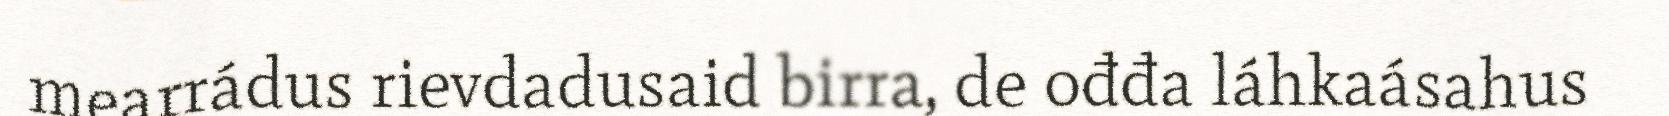
mearrádus rievdadusaid birra, de ođđa láhkaásahus